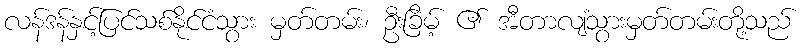
လန်ဒန်နှင့်ပြင်သစ်နိုင်ငံသွား မှတ်တမ်း၊ ဦးခြိမ့် ၏ အီတာလျံသွားမှတ်တမ်းတို့သည်